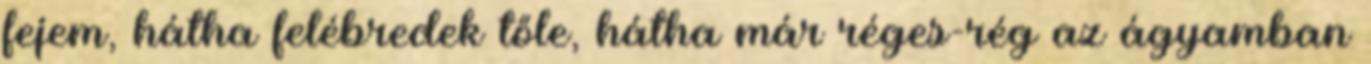
fejem, hátha felébredek tőle, hátha már réges-rég az ágyamban